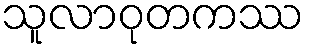
သူလာဝုတကဿ